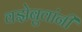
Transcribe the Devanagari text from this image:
वझेबुवांनी